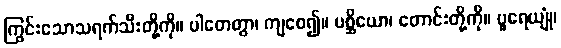
ကြွင်းသောသရက်သီးတို့ကို။ ပါတေတွာ၊ ကျစေ၍။ ပစ္ဆိယော၊ တောင်းတို့ကို။ ပူရေယျုံ၊